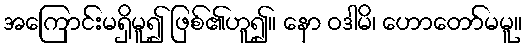
အကြောင်းမရှိမူ၍ ဖြစ်၏ဟူ၍။ နော ဝဒါမိ၊ ဟောတော်မမူ။